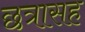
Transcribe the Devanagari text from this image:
छत्रासह